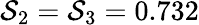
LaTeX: \mathcal{S}_{2}=\mathcal{S}_{3}=0.732